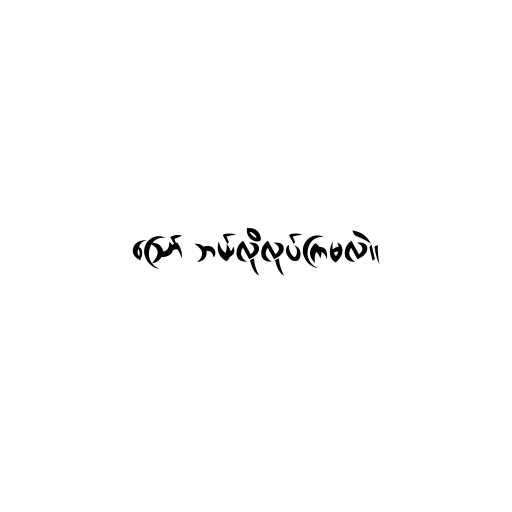
ဪ ဘယ်လိုလုပ်ကြမလဲ။